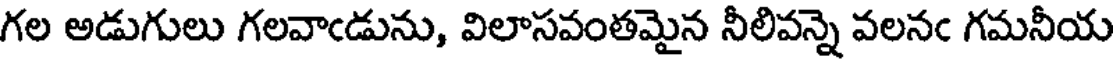
గల అడుగులు గలవాఁడును, విలాసవంతమైన నీలివన్నె వలనఁ గమనీయ